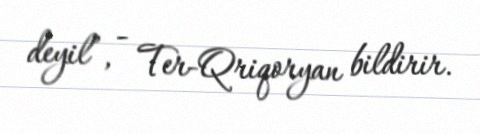
deyil”, - Ter-Qriqoryan bildirir.